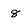
Character: 8